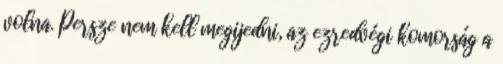
volna. Persze nem kell megijedni, az ezredvégi komorság a